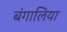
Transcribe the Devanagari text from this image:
बंगालिया